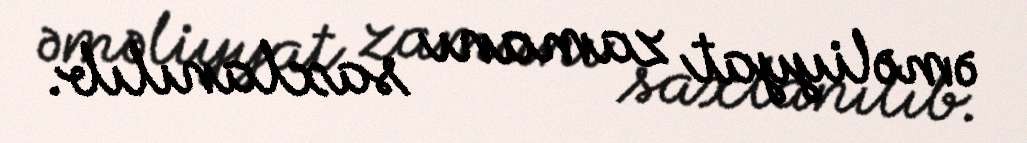
əməliyyat zamanı saxlanılıb.